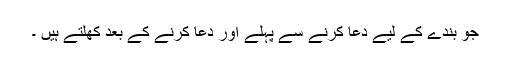
جو بندے کے لیے دعا کرنے سے پہلے اور دعا کرنے کے بعد کھلتے ہیں ۔